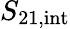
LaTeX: S_{\mathrm{21,int}}